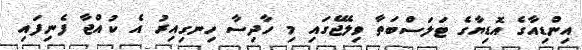
އިންޑިއާގެ އޮޑިޔާގެ ޓަލަސްބަތާ ވިލޭޖެގައި މި ހާދިސާ ހިނގިއިރު އެ ކުއްޖާ ފެނިފައި